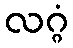
လဂ္ဂံ